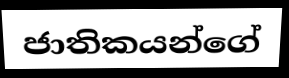
ජාතිකයන්ගේ